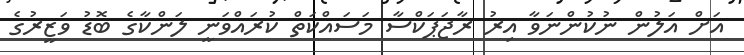
އަށް އަލުން ނުކުންނަވާ އިރު ރާޖަޕަކްސާ މަސައްކަތް ކުރައްވަނީ ލަންކާގެ ބޮޑު ވަޒީރުގެ